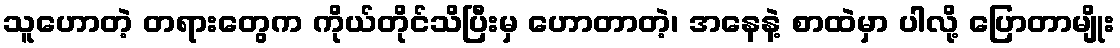
သူဟောတဲ့ တရားတွေက ကိုယ်တိုင်သိပြီးမှ ဟောတာတဲ့၊ အနေနဲ့ စာထဲမှာ ပါလို့ ပြောတာမျိုး